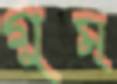
গুম্‌